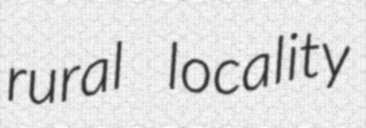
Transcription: rural locality